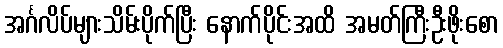
အင်္ဂလိပ်များသိမ်းပိုက်ပြီး နောက်ပိုင်းအထိ အမတ်ကြီးဦးဖိုးစော